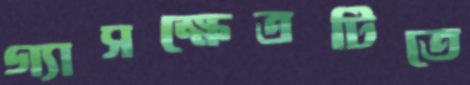
গ্যাসক্ষেত্রটিতে